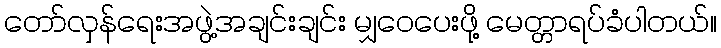
တော်လှန်ရေးအဖွဲ့အချင်းချင်း မျှဝေပေးဖို့ မေတ္တာရပ်ခံပါတယ်။